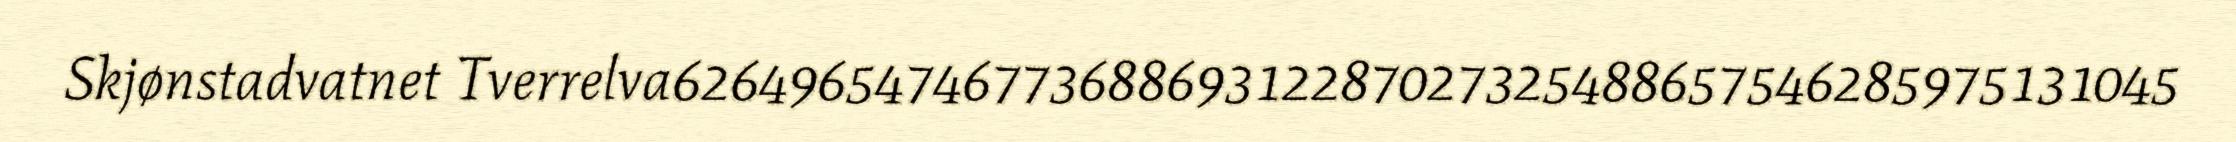
Skjønstadvatnet Tverrelva6264965474677368869312287027325488657546285975131045